Civil Veterinary Department ledger series I-VI
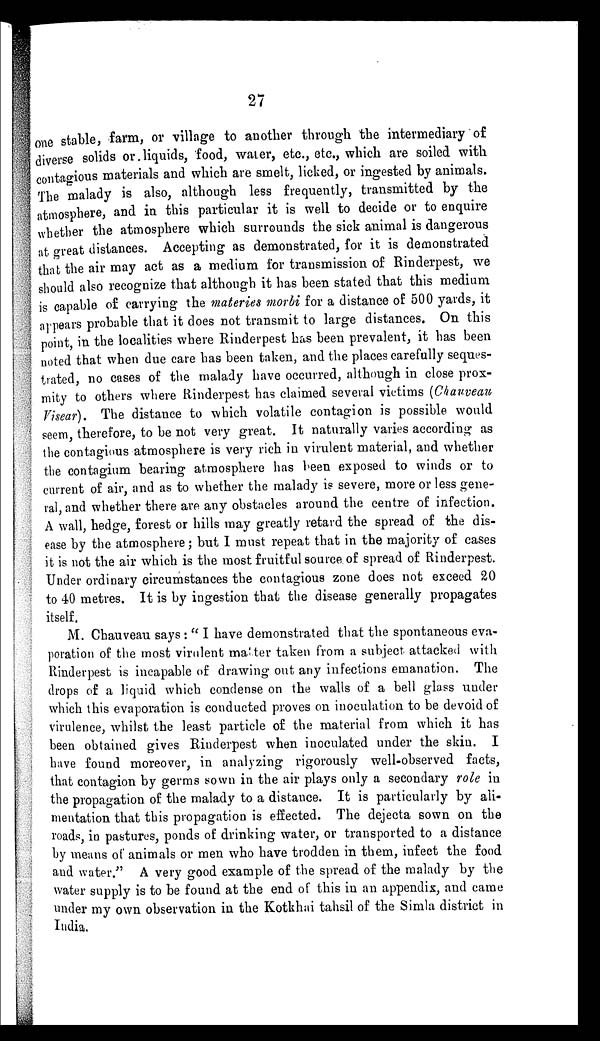
27
one stable, farm, or village to another through the intermediary of
diverse solids or liquids, food, water, etc., etc., which are soiled with
contagious materials and which are smelt, licked, or ingested by animals.
The malady is also, although less frequently, transmitted by the
atmosphere, and in this particular it is well to decide or to enquire
whether the atmosphere which surrounds the sick animal is dangerous
at great distances. Accepting as demonstrated, for it is demonstrated
that the air may act as a medium for transmission of Rinderpest, we
should also recognize that although it has been stated that this medium
is capable of carrying the materies morbi for a distance of 500 yards, it
appears probable that it does not transmit to large distances. On this
point, in the localities where Rinderpest has been prevalent, it has been
noted that when due care has been taken, and the places carefully seques-
trated, no cases of the malady have occurred, although in close prox-
mity to others where Rinderpest has claimed several victims (Chauveau
Visear). The distance to which volatile contagion is possible would
seem, therefore, to be not very great. It naturally varies according as
the contagious atmosphere is very rich in virulent material, and whether
the contagium bearing atmosphere has been exposed to winds or to
current of air, and as to whether the malady is severe, more or less gene-
ral, and whether there are any obstacles around the centre of infection.
A wall, hedge, forest or hills may greatly retard the spread of the dis-
ease by the atmosphere; but I must repeat that in the majority of cases
it is not the air which is the most fruitful source of spread of Rinderpest.
Under ordinary circumstances the contagious zone does not exceed 20
to 40 metres. It is by ingestion that the disease generally propagates
itself.
M. Chauveau says : "I have demonstrated that the spontaneous eva-
poration of the most virulent matter taken from a subject attacked with
Rinderpest is incapable of drawing out any infections emanation. The
drops of a liquid which condense on the walls of a bell glass under
which this evaporation is conducted proves on inoculation to be devoid of
virulence, whilst the least particle of the material from which it has
been obtained gives Rinderpest when inoculated under the skin. I
have found moreover, in analyzing rigorously well-observed facts,
that contagion by germs sown in the air plays only a secondary role in
the propagation of the malady to a distance. It is particularly by ali-
mentation that this propagation is effected. The dejecta sown on the
roads, in pastures, ponds of drinking water, or transported to a distance
by means of animals or men who have trodden in them, infect the food
and water." A very good example of the spread of the malady by the
water supply is to be found at the end of this in an appendix, and came
under my own observation in the Kotkhai tahsil of the Simla district in
India.